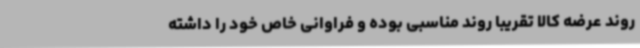
روند عرضه کالا تقریبا روند مناسبی بوده و فراوانی خاص خود را داشته